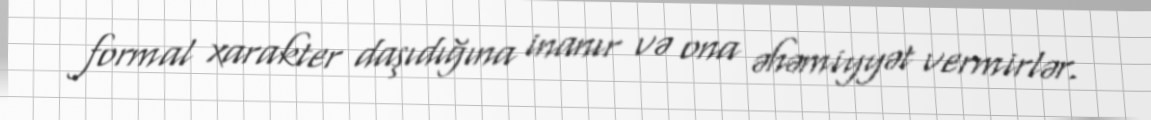
formal xarakter daşıdığına inanır və ona əhəmiyyət vermirlər.